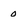
Character: 0